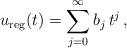
LaTeX: \begin{align*}u_{\rm reg}(t)=\sum_{j=0}^\infty b_j\,t^j\,, \end{align*}